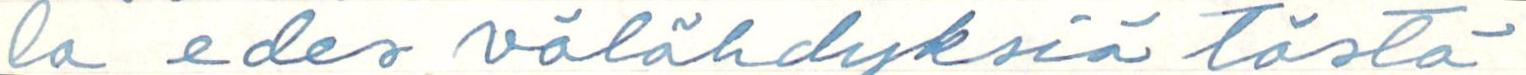
la edes välähdyksiä tästä